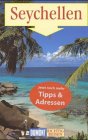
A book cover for Seychellen: Reise-Handbuch (Richtig reisen) (German Edition); Wolfgang Darr; Travel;